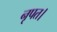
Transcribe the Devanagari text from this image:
नृपत।